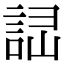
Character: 𧧱